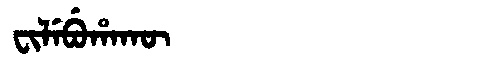
Manchu: ᠸᡳᠯᡝᠪᡠᡥᠠᡴᡡ
Romanization: FILEBUHAKŪ